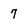
Character: 7